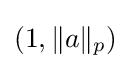
(1,\|a\|_{p})